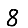
Digit: 8